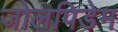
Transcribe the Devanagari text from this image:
जोलपिडेम